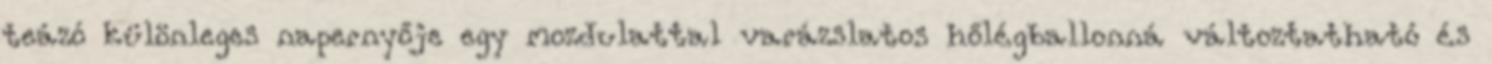
teázó különleges napernyője egy mozdulattal varázslatos hőlégballonná változtatható és